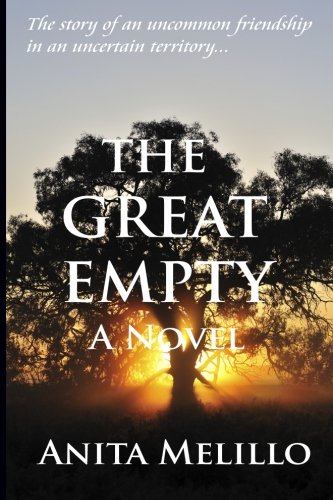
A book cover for The Great Empty: A Novel; Anita Melillo; Literature & Fiction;